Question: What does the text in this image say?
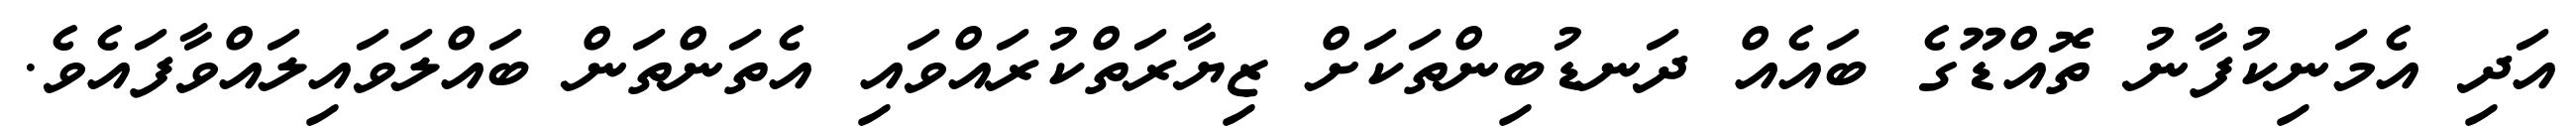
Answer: އަދި އެމަނިކުފާނު ތޮއްޑޫގެ ބައެއް ދަނޑުބިންތަކަށް ޒިޔާރަތްކުރައްވައި އެތަންތަން ބައްލަވައިލައްވާފައެވެ.